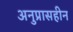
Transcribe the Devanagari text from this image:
अनुप्रासहीन